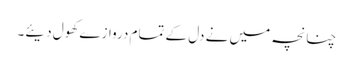
چنانچہ میں نے دل کے تمام دروازے کھول دیئے۔